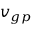
v _ { g p }